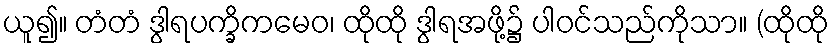
ယူ၍။ တံတံ ဒွါရပက္ခိကမေဝ၊ ထိုထို ဒွါရအဖို့၌ ပါဝင်သည်ကိုသာ။ (ထိုထို